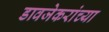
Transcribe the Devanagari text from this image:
डावजेकरांच्या